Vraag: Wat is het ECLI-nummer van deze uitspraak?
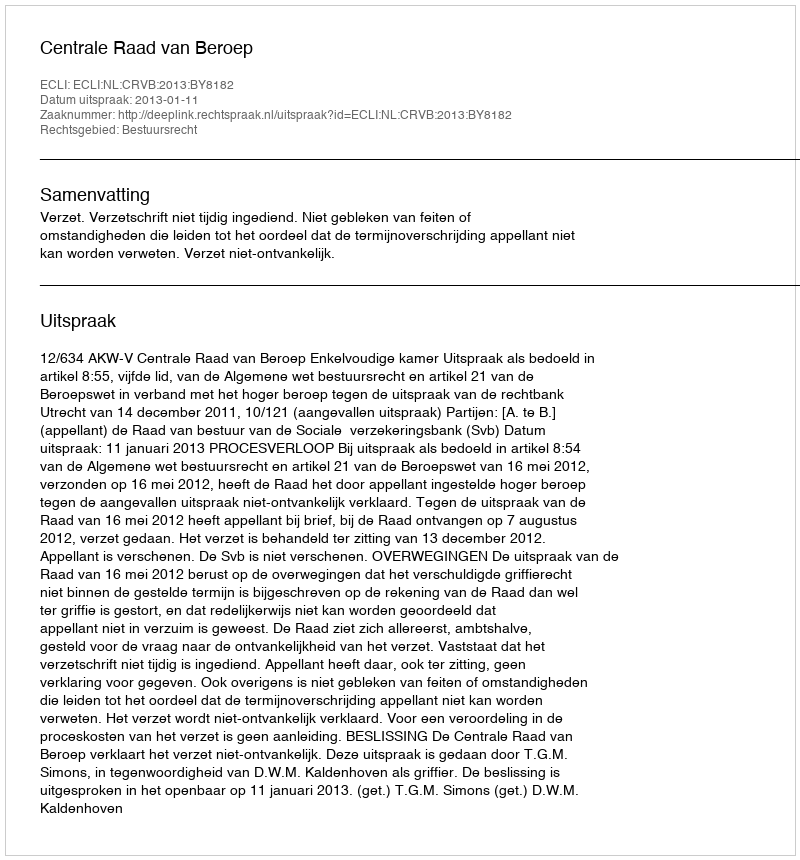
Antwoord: ECLI:NL:CRVB:2013:BY8182